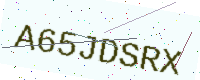
Text: A65JDSRX